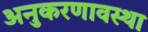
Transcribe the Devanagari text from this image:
अनुकरणावस्था